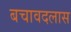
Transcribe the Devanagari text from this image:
बचावदलास